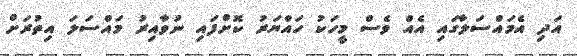
އަދި އެމައްސަލާގައި އެއް ވެސް މީހަކު ހައްޔަރު ކޮށްފައި ނުވާއިރު މައްސަލަ އިތުރަށް